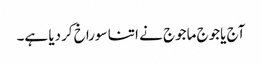
آج یاجوج ماجوج نے اتنا سوراخ کردیا ہے۔